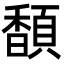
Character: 䫝